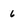
Character: 6